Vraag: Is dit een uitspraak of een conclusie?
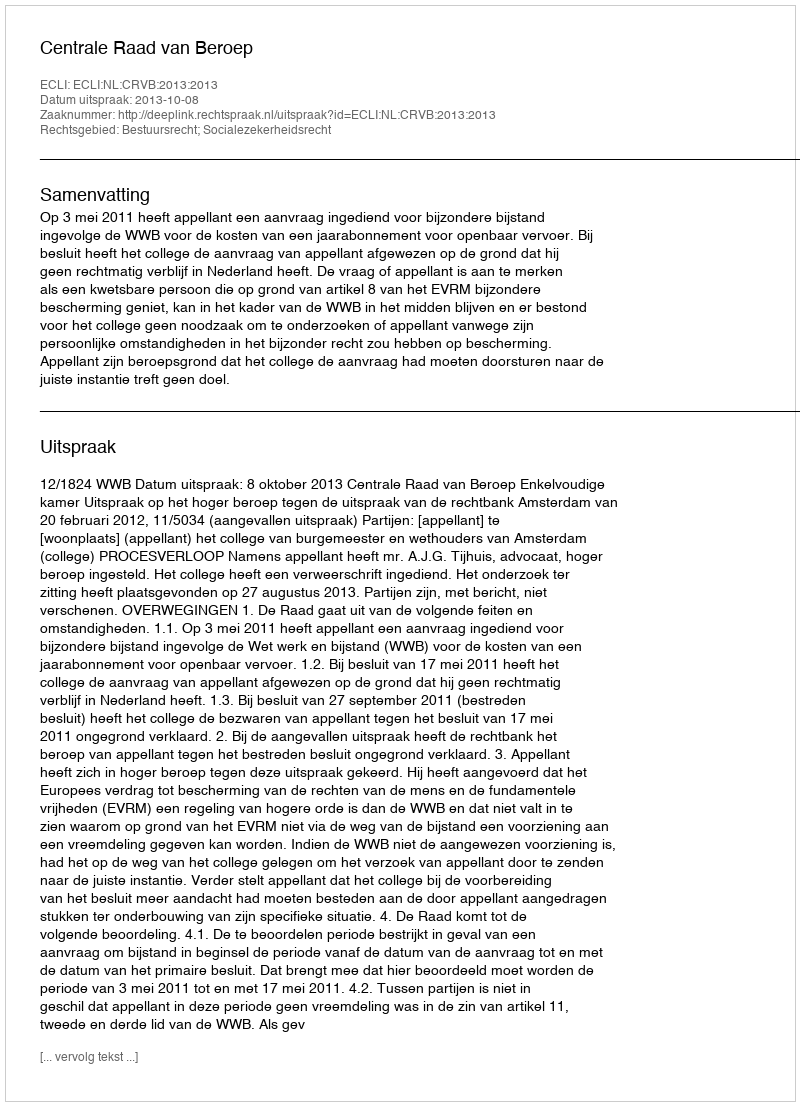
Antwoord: Uitspraak